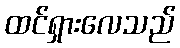
ထင်ရှားလေသည်